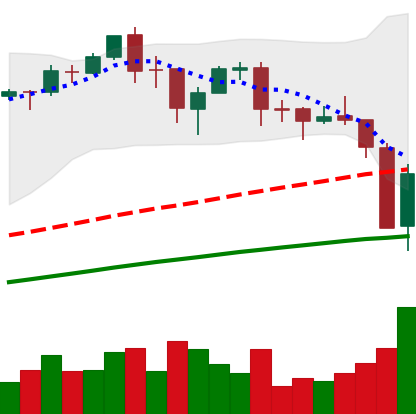
Ticker: BTC-USD
Chart end date: 2017-09-15
Forward return: 7.379%
Label: up_7plus